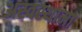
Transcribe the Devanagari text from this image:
अस्वस्थामा